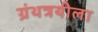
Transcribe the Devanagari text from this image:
ग्रंथत्रयीला